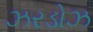
ઝરડોઝ